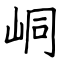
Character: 峒